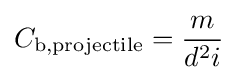
C_{\text{b,projectile}}={\frac {m}{d^{2}i}}